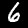
Digit: 6